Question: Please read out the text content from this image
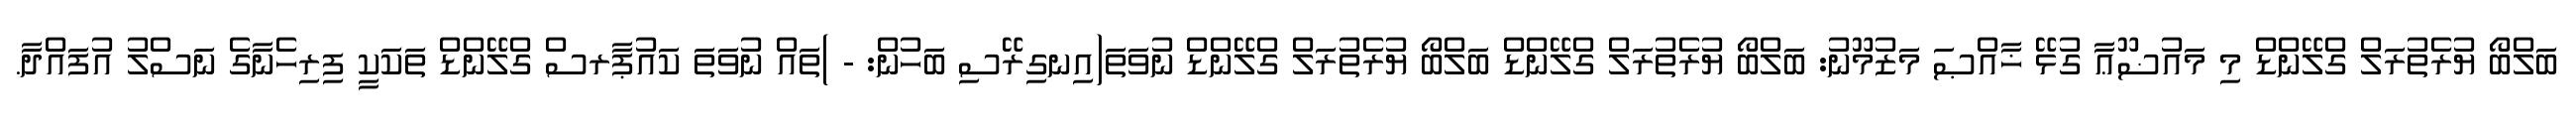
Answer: ބަލްބޯ ޔުރެތުރަލް ގްލޭންޑް މި މައުޟޫޢާ ގުޅޭ ޚާއްޞަ މަޒުމޫނު: ބަލްބޯ ޔުރެތުރަލް ގްލޭންޑް ބަލްބޯ ޔުރެތުރަލް ގްލޭންޑް ނުވަތަ(އިނގިރޭސި ބަހުން: - )ތައް ނުވަތަ ކައުޕާރސް ގްލޭންޑް ތަކަކީ ފިރިހެނާގެ ނަސްލު އުފައްދާ.